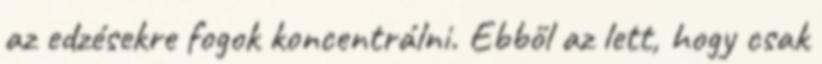
az edzésekre fogok koncentrálni. Ebből az lett, hogy csak